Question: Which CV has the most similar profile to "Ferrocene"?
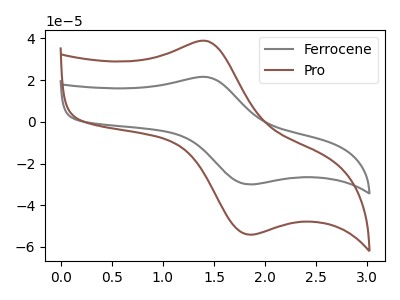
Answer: <think>The gray curve "Ferrocene" has an anodic peak at (1.45V, 21.45uA) and a cathodic peak at (1.85V, -30.00uA). The brown curve "Pro" has an anodic peak at (1.45V, 38.70uA) and a cathodic peak at (1.85V, -54.10uA).
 All the peaks in "Ferrocene" have a peak in "Pro" at the same potential. Every peak in "Ferrocene" is lower than every peak in "Pro".</think>
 <answer>The CV with the most similar shape to "Pro" is "Ferrocene".</answer>
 <eval>"Ferrocene"</eval>